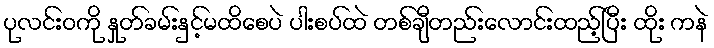
ပုလင်းဝကို နှုတ်ခမ်းနှင့်မထိစေပဲ ပါးစပ်ထဲ တစ်ချီတည်းလောင်းထည့်ပြီး ထိုး ကနဲ